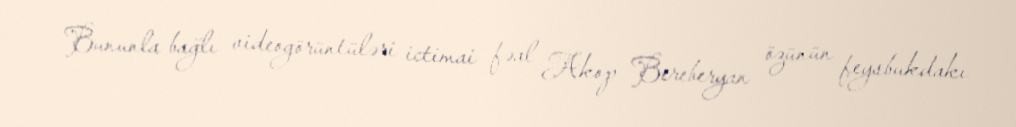
Bununla bağlı videogörüntüləri ictimai fəal Akop Bereberyan özünün feysbukdakı